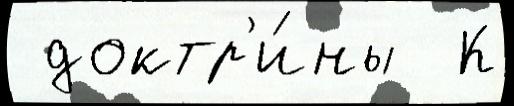
 доктр'и́ны  К